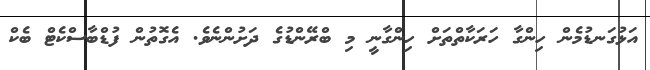
އަޅުގަނޑުމެން ހިންގާ ހަރަކާތްތަށް ހިންގާނީ މި ބްރޭންޑުގެ ދަށުންނެވެ. އެގޮތުން ފުޑްބާސްކެޓް ބެކް